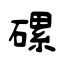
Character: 磥